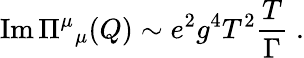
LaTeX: \mathrm{Im}\, \Pi{}^{\mu}{}_{\mu}(Q)\sim e^{2}g^{4}T^{2}{\frac{T}{\Gamma}}\; .